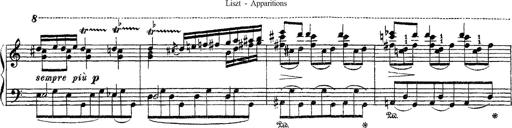
Title: Apparitions
Composer: Franz Liszt